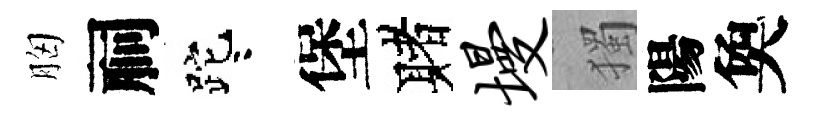
胸祠跎咯堡赌墁獨陽奐